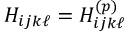
H _ { i j k \ell } = H _ { i j k \ell } ^ { ( p ) }